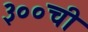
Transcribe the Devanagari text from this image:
३००ची